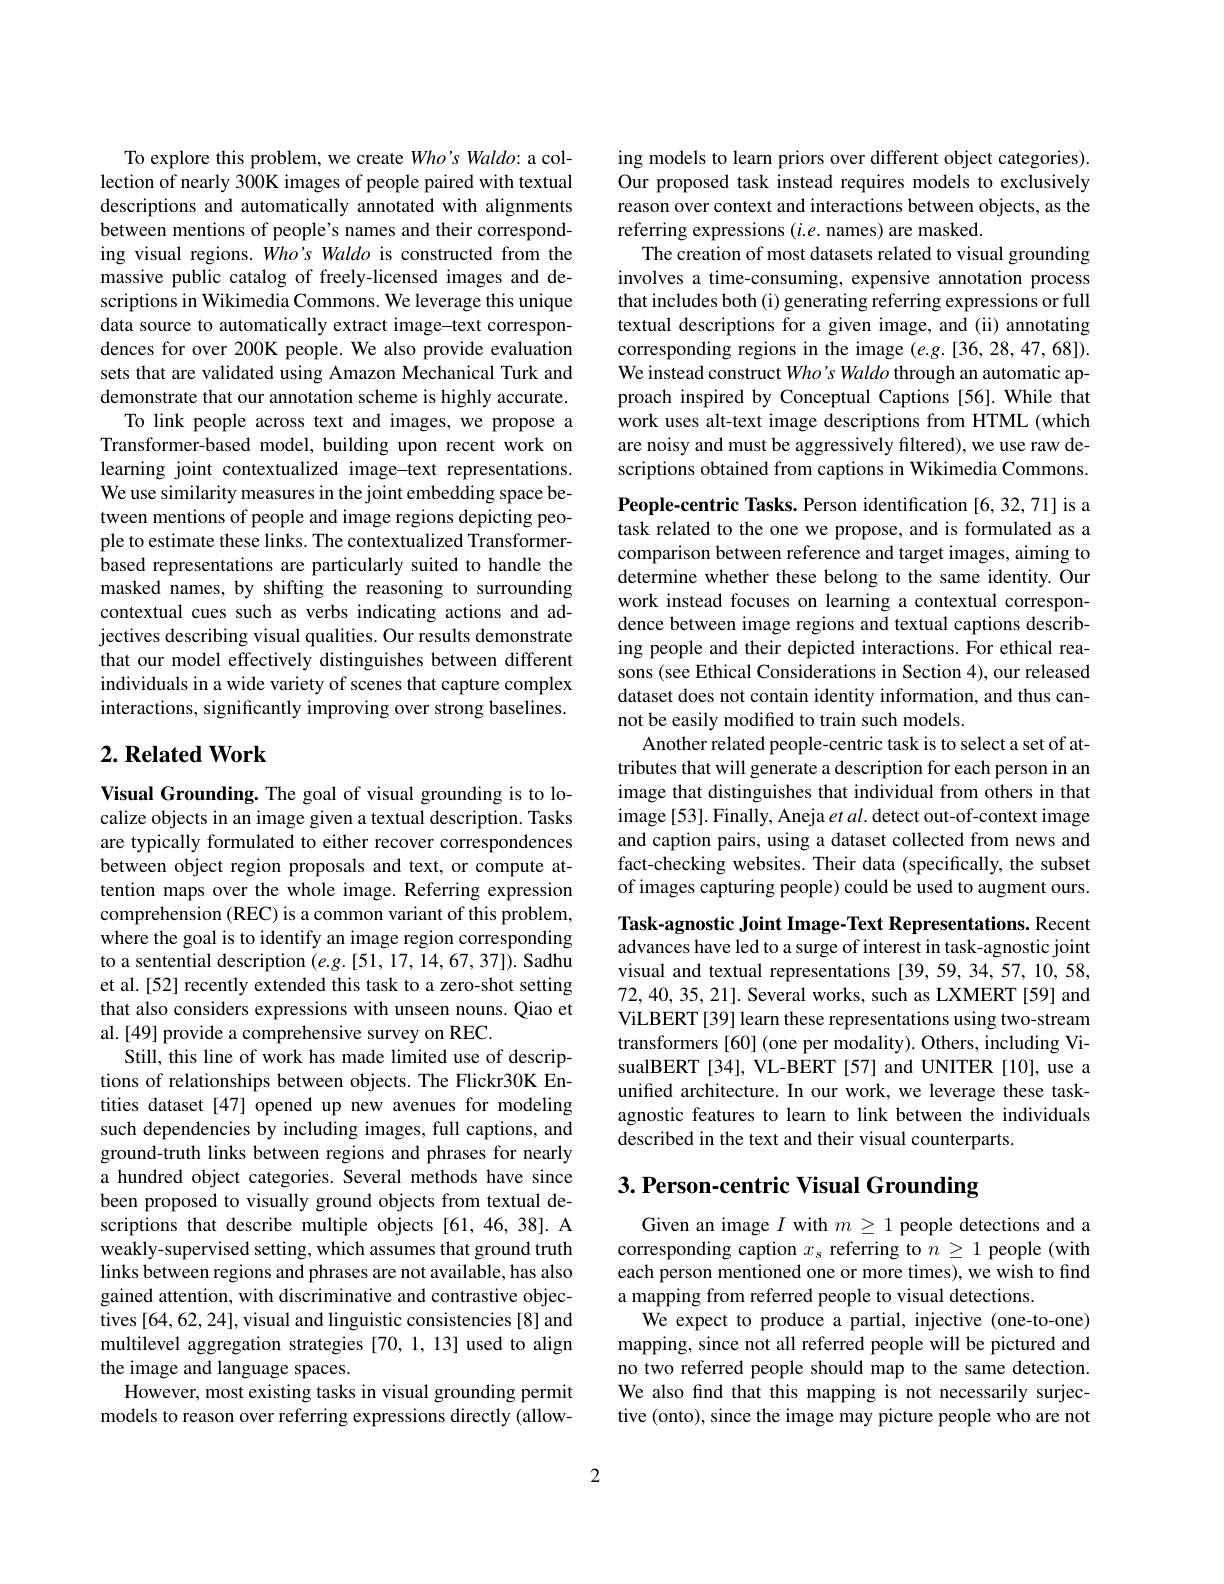
To explore this problem, we create Who's Waldo: a collection of nearly 300K images of people paired with textual descriptions and automatically annotated with alignments between mentions of people's names and their corresponding visual regions. Who's Waldo is constructed from the massive public catalog of freely-licensed images and descriptions in Wikimedia Commons. We leverage this unique data source to automatically extract image-text correspondences for over 200K people. We also provide evaluation sets that are validated using Amazon Mechanical Turk and demonstrate that our annotation scheme is highly accurate.
To link people across text and images, we propose a Transformer-based model, building upon recent work on learning joint contextualized image-text representations. We use similarity measures in the joint embedding space between mentions of people and image regions depicting people to estimate these links. The contextualized Transformerbased representations are particularly suited to handle the masked names, by shifting the reasoning to surrounding contextual cues such as verbs indicating actions and adjectives describing visual qualities. Our results demonstrate that our model effectively distinguishes between different individuals in a wide variety of scenes that capture complex interactions, significantly improving over strong baselines.

## $2. \textbf{Related Work}$

Visual Grounding. The goal of visual grounding is to localize objects in an image given a textual description. Tasks are typically formulated to either recover correspondences between object region proposals and text, or compute attention maps over the whole image. Referring expression comprehension (REC) is a common variant of this problem, where the goal is to identify an image region corresponding to a sentential description $(e.g.[51,17,14,67,37]).$ Sadhu et al.[52] recently extended this task to a zero-shot setting that also considers expressions with unseen nouns. Qiao et al. [49] provide a comprehensive survey on REC.
Still, this line of work has made limited use of descriptions of relationships between objects. The Flickr30K Entities dataset [47] opened up new avenues for modeling such dependencies by including images, full captions, and ground-truth links between regions and phrases for nearly a hundred object categories. Several methods have since been proposed to visually ground objects from textual descriptions that describe multiple objects [61,46,38]. A weakly-supervised setting, which assumes that ground truth links between regions and phrases are not available, has also gained attention, with discriminative and contrastive objectives [64,62,24], visual and linguistic consistencies [8] and multilevel aggregation strategies [70,1,13] used to align the image and language spaces.
However, most existing tasks in visual grounding permit models to reason over referring expressions directly (allow-

ing models to learn priors over different object categories). Our proposed task instead requires models to exclusively reason over context and interactions between objects, as the referring expressions $(i.e.$ names) are masked.
The creation of most datasets related to visual grounding involves a time-consuming, expensive annotation process that includes both (i) generating referring expressions or full textual descriptions for a given image, and (ii) annotating corresponding regions in the image $(e.g.[36,28,47,68]).$ We instead construct Who's Waldo through an automatic approach inspired by Conceptual Captions [56]. While that work uses alt-text image descriptions from HTML (which are noisy and must be aggressively filtered), we use raw descriptions obtained from captions in Wikimedia Commons.

People-centric Tasks. Person identification [6,32,71] is a task related to the one we propose, and is formulated as a comparison between reference and target images, aiming to determine whether these belong to the same identity. Our work instead focuses on learning a contextual correspondence between image regions and textual captions describing people and their depicted interactions. For ethical reasons (see Ethical Considerations in Section 4), our released dataset does not contain identity information, and thus cannot be easily modified to train such models.
Another related people-centric task is to select a set of attributes that will generate a description for each person in an image that distinguishes that individual from others in that image [53]. Finally, Aneja $et\textit{al. detect out- of- context image}$ and caption pairs, using a dataset collected from news and fact-checking websites. Their data (specifically, the subset of images capturing people) could be used to augment ours. Task-agnostic Joint Image-Text Representations. Recent advances have led to a surge of interest in task-agnostic joint visual and textual representations [39,59,34,57,10,58, 72,40,35,21]. Several works, such as LXMERT [59] and ViLBERT [39] learn these representations using two-stream transformers [60] (one per modality). Others, including VisualBERT [34], VL-BERT [57] and UNITER [10], use a unified architecture. In our work, we leverage these taskagnostic features to learn to link between the individuals described in the text and their visual counterparts.

# $3. \textbf{ Person- centric Visual Grounding}$

Given an image $I$ with $m\geq1$ people detections and a corresponding caption $x_s$ referring to $n\geq1$ people (with each person mentioned one or more times), we wish to find a mapping from referred people to visual detections.
We expect to produce a partial, injective (one-to-one) mapping, since not all referred people will be pictured and no two referred people should map to the same detection. We also find that this mapping is not necessarily surjective (onto), since the image may picture people who are not

2